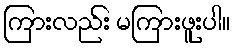
ကြားလည်း မကြားဖူးပါ။